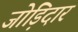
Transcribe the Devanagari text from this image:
जोड़िदार